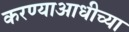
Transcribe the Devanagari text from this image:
करण्याआधीच्या